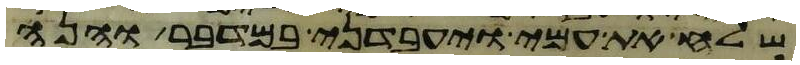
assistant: שלח את עמי ויעבדני במדבר והנה